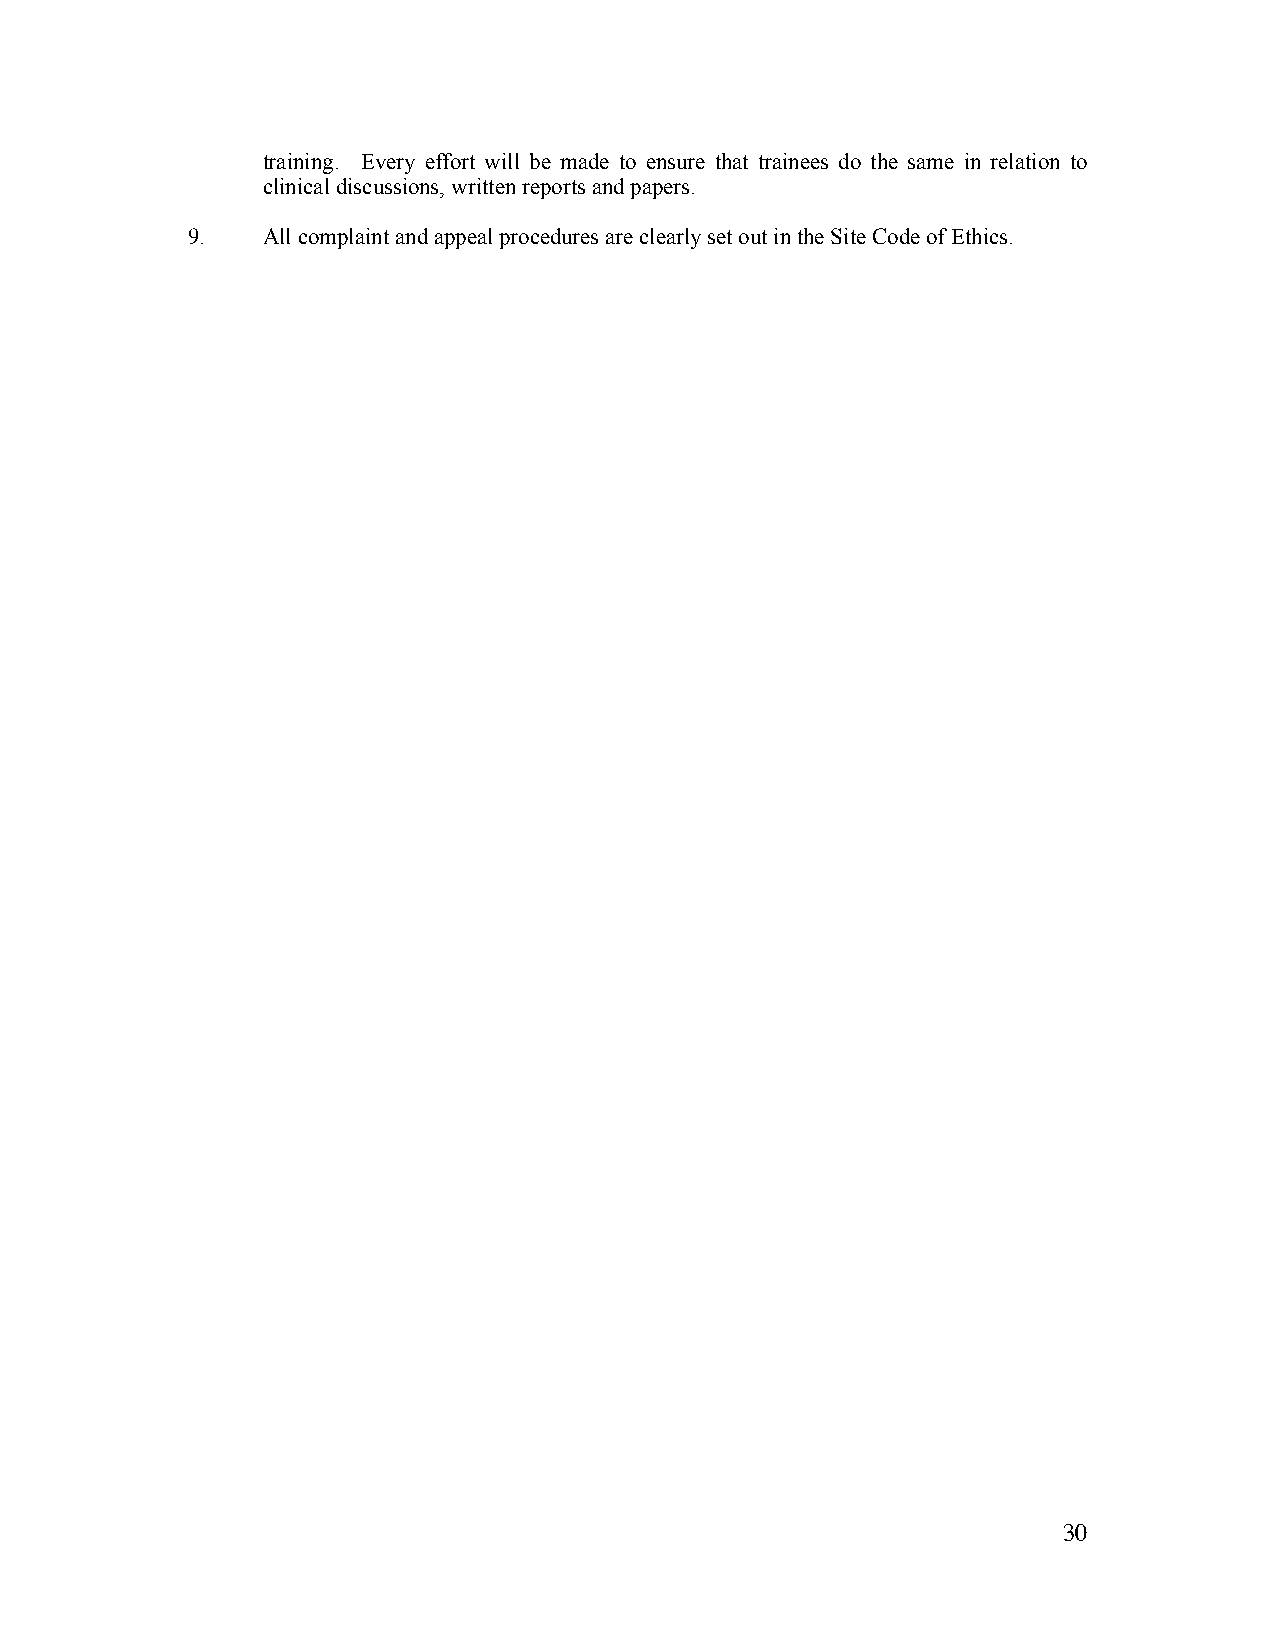
training. Every effort will be made to ensure that trainees do the same in relation to
 clinical discussions, written reports and papers.
 9.   All complaint and appeal procedures are clearly set out in the Site Code of Ethics.
 30